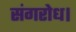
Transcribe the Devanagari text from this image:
संगरोध।